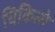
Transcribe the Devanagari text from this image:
चिकित्से